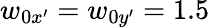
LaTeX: w_{0x^{\prime}}=w_{0y^{\prime}}=1.5